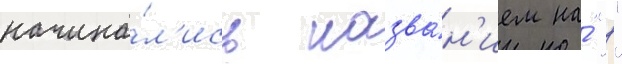
начина́л'ись назва́н'ием на́ "р"